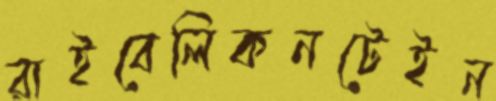
রাইবেলিকনটেইন